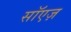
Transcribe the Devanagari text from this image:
सॉएज़